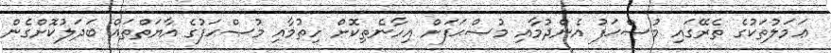
ޢަމަލުތަކުގެ ތެރޭގައި މުޞްޙަފު އެންދުމާއި މުޞްޙަފަށް އިހާނެތިކޮށް ހިތުމާއި މުޞްޙަފުގެ އާޔަތްތައް ބަދަލުކޮށްގެން